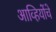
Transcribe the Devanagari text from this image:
आव्हियोंचे